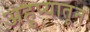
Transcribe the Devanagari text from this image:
अहुप्यातून